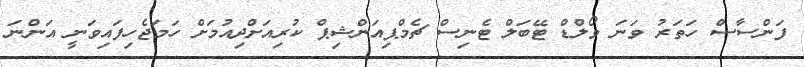
ފަންސާސް ހަތަރު ވަނަ ވޯލްޑް ޓޭބަލް ޓެނިސް ޗެމްޕިއަންޝިޕް ކުރިއަށްދިއުމަށް ހަމަޖެހިފައިވަނީ އަންނަ